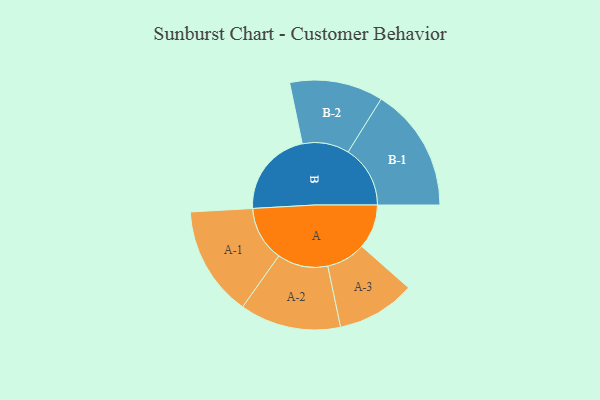
{"axis": {"x": "Segment", "y": "Value"}, "legend": ["", "A", "B"], "data": [{"x": "A", "y": 188, "type": ""}, {"x": "B", "y": 369, "type": ""}, {"x": "A-1", "y": 233, "type": "A"}, {"x": "A-2", "y": 214, "type": "A"}, {"x": "A-3", "y": 166, "type": "A"}, {"x": "B-1", "y": 263, "type": "B"}, {"x": "B-2", "y": 198, "type": "B"}]}